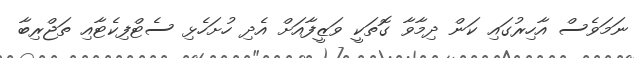
ނަމަވެސް އާހިރުގައި ކަން ދިމާވާ ގޮތަކީ ވަޒީފާއަށް އެދި ހުށަހެޅި ސެޓްފިކެޓާއި ތަޖްރިބާ